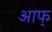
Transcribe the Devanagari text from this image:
आफ्‌